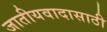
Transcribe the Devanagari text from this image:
जातीयवादासाठी